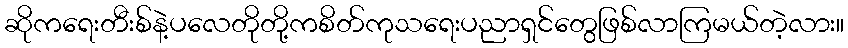
ဆိုကရေးတီးစ်နဲ့ပလေတိုတို့ကစိတ်ကုသရေးပညာရှင်တွေဖြစ်လာကြမယ်တဲ့လား။